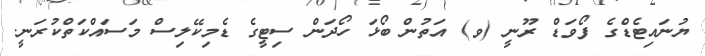
ޔުނައިޓެޑްގެ ފޯވަޑް ރޫނީ (ވ) އަތުން ބޯޅަ ހޯދަން ސިޓީގެ ޑެމިކޭލިސް މަސައްކަތްކުރަނީ.